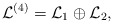
\begin{align*}{\mathcal{L}}^{(4)}={\mathcal{L}}_1\oplus{\mathcal{L}}_2,\end{align*}